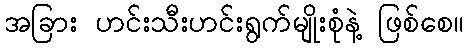
အခြား ဟင်းသီးဟင်းရွက်မျိုးစုံနဲ့ ဖြစ်စေ။